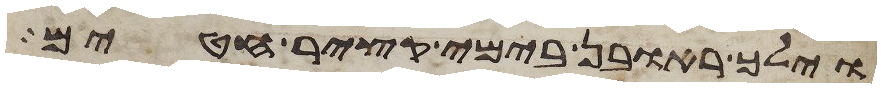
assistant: וילך ראובן בימי קציר חטים